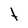
Character: t